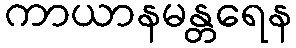
ကာယာနမန္တရေန